Scottish Leaving Certificate Examination, 1955
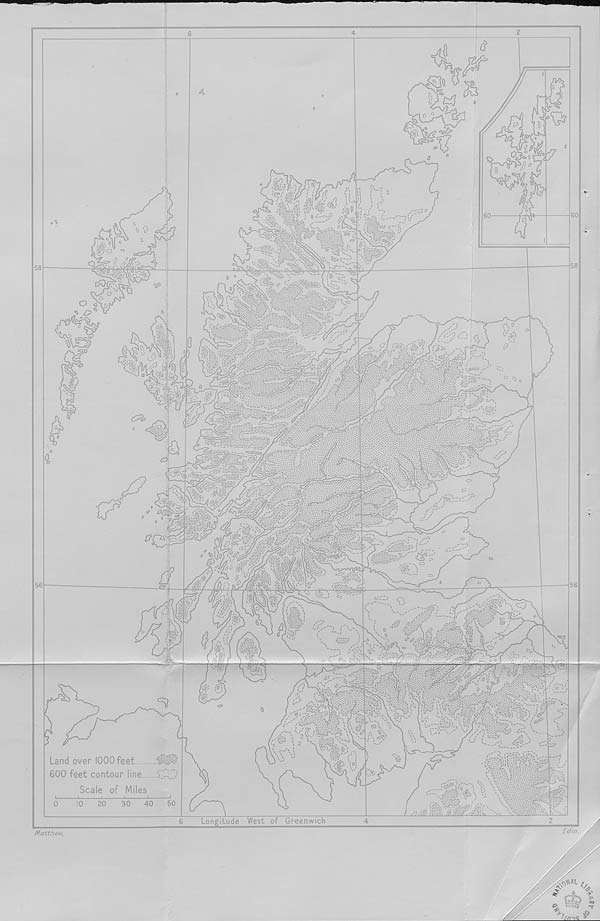
0
&
<==><»
&
.4;@
fiO
s?. < •?!
ijj
0ih$.
tfO
o
^ £>
Cpj/c
tr.&i:
5tf>>
afi-,
)'i<
.D
■ V' -
V u 'o^
c?2
iS 1
y,r.
a
-' dPi
. - • ■ .r-Tnr
•c 3,
am
■
.?aZ
va
O'
'.m
<S¥
■S
•' *' /
&
r2
aa.-
■S3
v-;^.
w.
'
■ Sf£\
' iffy
s?
■
#i«-w
V; '
Land over 1000 feet..
600 feet contour line
Scale
Miles
of
50
30 40
Longitude West of Greenwich
£07/7.
r\^AL
Matthew.